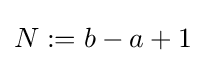
{\textstyle N:=b-a+1}